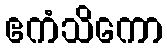
ဧကံသိကော